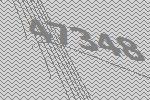
47348